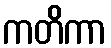
ကတိကာ